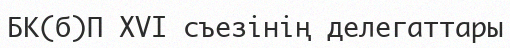
БК(б)П XVI съезінің делегаттары